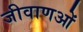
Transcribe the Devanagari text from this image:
जीवाणओं